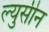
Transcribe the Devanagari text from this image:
ल्युसीन